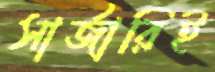
সার্জারিই